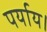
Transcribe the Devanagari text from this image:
पर्याय।